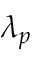
\lambda _ { p }